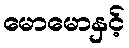
မောမောနှင့်